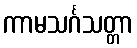
ကာမသင်္ဂသတ္တာ